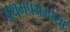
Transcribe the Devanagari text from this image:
प्रथमप्रथमच्या